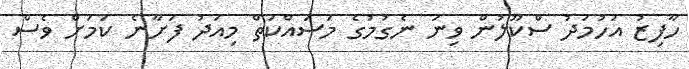
ހާފިޒު އަހުމަދު ސްކޫލުން ވިނަ ނެގުމުގެ މަސައްކަތް މިއަދު ފަށާނެ ކަމަށް ވެސް